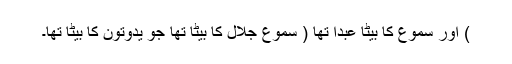
) اور سمّوع کا بیٹا عبدا تھا ( سمّوع جلال کا بیٹا تھا جو یدوتون کا بیٹا تھا۔